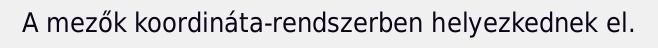
A mezők koordináta-rendszerben helyezkednek el.